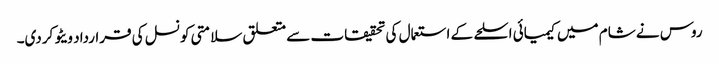
روس نے شام میں کیمیائی اسلحے کے استعمال کی تحقیقات سے متعلق سلامتی کونسل کی قرارداد ویٹو کردی۔